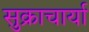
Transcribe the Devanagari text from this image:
सुक्राचार्या